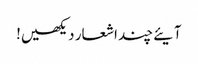
آیئے چند اشعار دیکھیں!